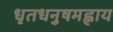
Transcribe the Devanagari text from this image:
धृतधनुषमह्नाय